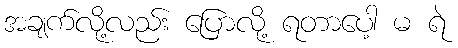
အချက်လို့လည်း ပြောလို့ ရတာပေါ့ မ ရဲ